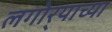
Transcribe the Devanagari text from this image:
लगोर्‍याच्या